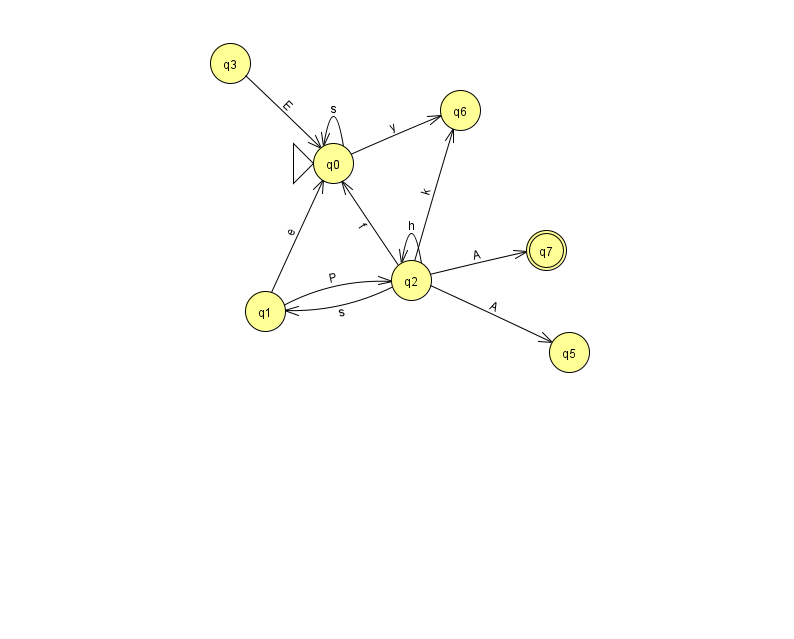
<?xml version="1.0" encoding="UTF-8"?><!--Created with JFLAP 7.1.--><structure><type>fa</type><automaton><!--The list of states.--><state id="0" name="q0"><x>333.0</x><y>150.0</y><initial/></state><state id="1" name="q1"><x>265.0</x><y>298.0</y></state><state id="2" name="q2"><x>411.0</x><y>267.0</y></state><state id="3" name="q3"><x>230.0</x><y>50.0</y></state><state id="5" name="q5"><x>569.0</x><y>339.0</y></state><state id="6" name="q6"><x>460.0</x><y>97.0</y></state><state id="7" name="q7"><x>546.0</x><y>237.0</y><final/></state><!--The list of transitions.--><transition><from>2</from><to>5</to><read>A</read></transition><transition><from>1</from><to>0</to><read>e</read></transition><transition><from>0</from><to>0</to><read>s</read></transition><transition><from>0</from><to>6</to><read>y</read></transition><transition><from>2</from><to>0</to><read>f</read></transition><transition><from>2</from><to>2</to><read>h</read></transition><transition><from>2</from><to>6</to><read>k</read></transition><transition><from>3</from><to>0</to><read>E</read></transition><transition><from>2</from><to>1</to><read>s</read></transition><transition><from>2</from><to>7</to><read>A</read></transition><transition><from>1</from><to>2</to><read>P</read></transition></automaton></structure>